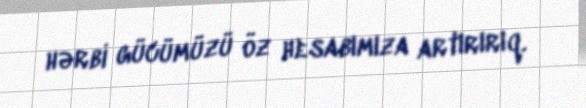
hərbi gücümüzü öz hesabımıza artırırıq.